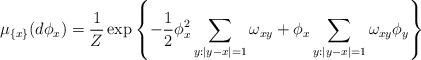
LaTeX: \begin{align*}\mu_{\left\{x\right\}}(d\phi_x)=\frac{1}{Z}\exp \left\{-\frac{1}{2} \phi_x^2 \sum\limits_{y: |y-x|=1}\omega_{xy}+\phi_x \sum\limits_{y: |y-x|=1}\omega_{xy}\phi_y\right\}\end{align*}